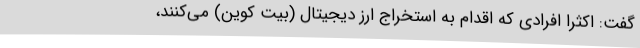
گفت: اکثرا افرادی که اقدام به استخراج ارز دیجیتال (بیت کوین) می‌کنند،